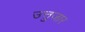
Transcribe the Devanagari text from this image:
उत्तुजार